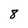
Character: 8